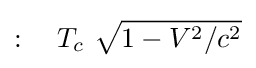
:\quad T_{c}\ {\sqrt {1-V^{2}/c^{2}}}